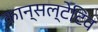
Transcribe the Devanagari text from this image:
कान्सल्टेटिव